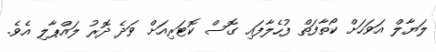
ލަޔާލް އަވަހަށް ކޯތާފަތް ފުހެލާފައި ގޮސް ކޮޓަރިއަށް ވަދެ ދޮރު ލައްޕާލި އެވެ.